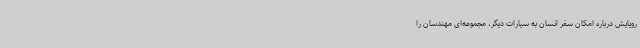
رویایش درباره امکان سفر انسان به سیارات دیگر، مجموعه‌ای مهندسان را